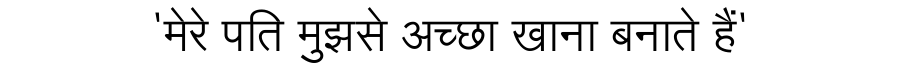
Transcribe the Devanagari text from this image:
'मेरे पति मुझसे अच्छा खाना बनाते हैं'